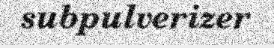
subpulverizer